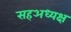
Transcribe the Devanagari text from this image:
सहअध्यक्ष